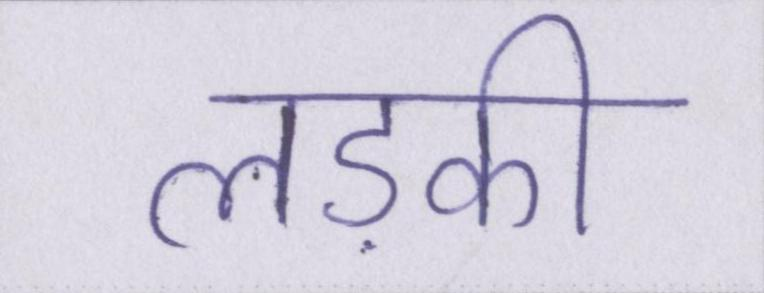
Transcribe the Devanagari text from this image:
लड़की